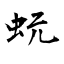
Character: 蚖